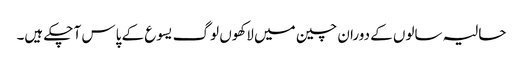
حالیہ سالوں کے دوران چین میں لاکھوں لوگ یسوع کے پاس آ چکے ہیں۔